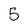
Character: 5